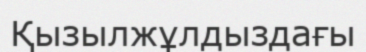
Қызылжұлдыздағы